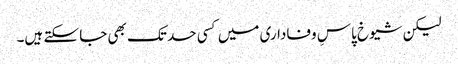
لیکن شیوخ پاسِ وفاداری میں کسی حد تک بھی جا سکتے ہیں۔